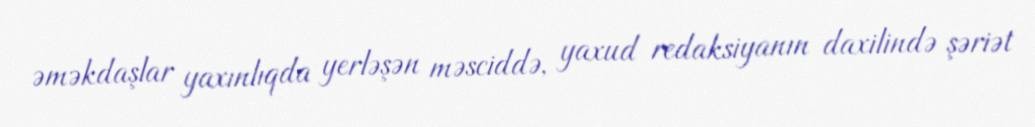
əməkdaşlar yaxınlıqda yerləşən məsciddə, yaxud redaksiyanın daxilində şəriət